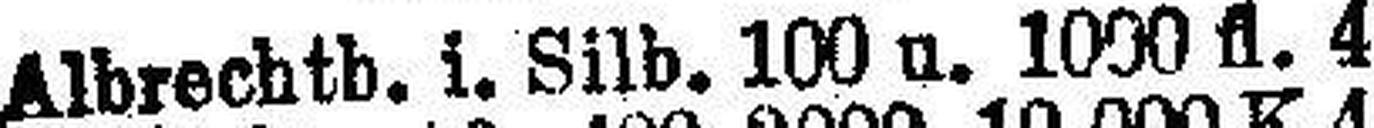
Albrechtb. 1. Silb. 100 u. 1000 fl. 4